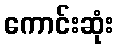
ကောင်းဆုံး